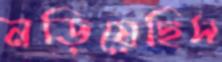
নড়িয়েছিস